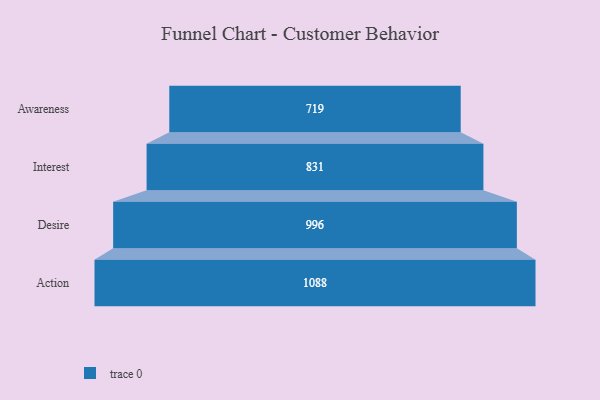
{"axis": {"x": "Stage", "y": "Value"}, "legend": [""], "data": [{"x": "Awareness", "y": 719.0, "type": ""}, {"x": "Interest", "y": 831.0, "type": ""}, {"x": "Desire", "y": 996.0, "type": ""}, {"x": "Action", "y": 1088.0, "type": ""}]}